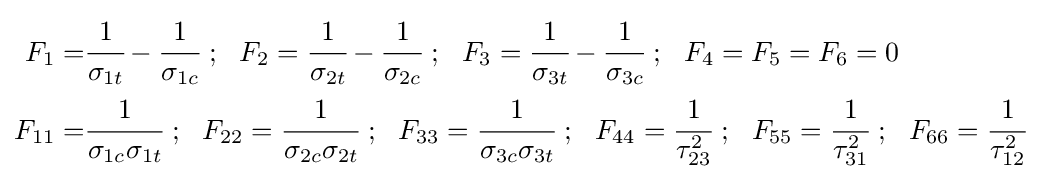
{\begin{aligned}F_{1}=&{\cfrac {1}{\sigma _{1t}}}-{\cfrac {1}{\sigma _{1c}}}~;~~F_{2}={\cfrac {1}{\sigma _{2t}}}-{\cfrac {1}{\sigma _{2c}}}~;~~F_{3}={\cfrac {1}{\sigma _{3t}}}-{\cfrac {1}{\sigma _{3c}}}~;~~F_{4}=F_{5}=F_{6}=0\\F_{11}=&{\cfrac {1}{\sigma _{1c}\sigma _{1t}}}~;~~F_{22}={\cfrac {1}{\sigma _{2c}\sigma _{2t}}}~;~~F_{33}={\cfrac {1}{\sigma _{3c}\sigma _{3t}}}~;~~F_{44}={\cfrac {1}{\tau _{23}^{2}}}~;~~F_{55}={\cfrac {1}{\tau _{31}^{2}}}~;~~F_{66}={\cfrac {1}{\tau _{12}^{2}}}\\\end{aligned}}